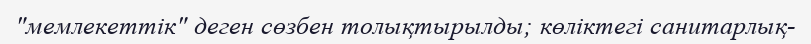
"мемлекеттік" деген сөзбен толықтырылды; көліктегі санитарлық-